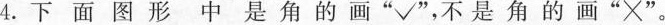
4.下面图形中是角的画“√”，不是角的画“×”。